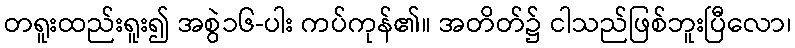
တရူးထည်းရူး၍ အစွဲ၁၆-ပါး ကပ်ကုန်၏။ အတိတ်၌ ငါသည်ဖြစ်ဘူးပြီလော၊